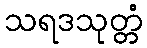
သရဒသုတ္တံ